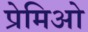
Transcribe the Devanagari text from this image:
प्रेमिओ